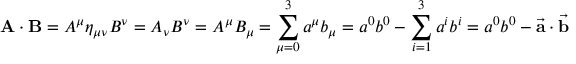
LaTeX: \mathbf { A } \cdot \mathbf { B } = A ^ { \mu } \eta _ { \mu \nu } B ^ { \nu } = A _ { \nu } B ^ { \nu } = A ^ { \mu } B _ { \mu } = \sum _ { \mu = 0 } ^ { 3 } a ^ { \mu } b _ { \mu } = a ^ { 0 } b ^ { 0 } - \sum _ { i = 1 } ^ { 3 } a ^ { i } b ^ { i } = a ^ { 0 } b ^ { 0 } - { \vec { \mathbf { a } } } \cdot { \vec { \mathbf { b } } }